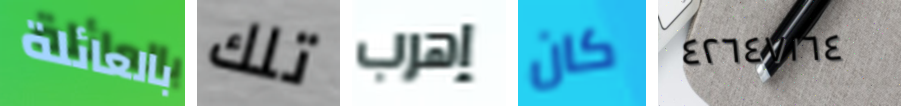
بالعائلة تلك إهرب كان ٤٢٦٤٧١٦٤